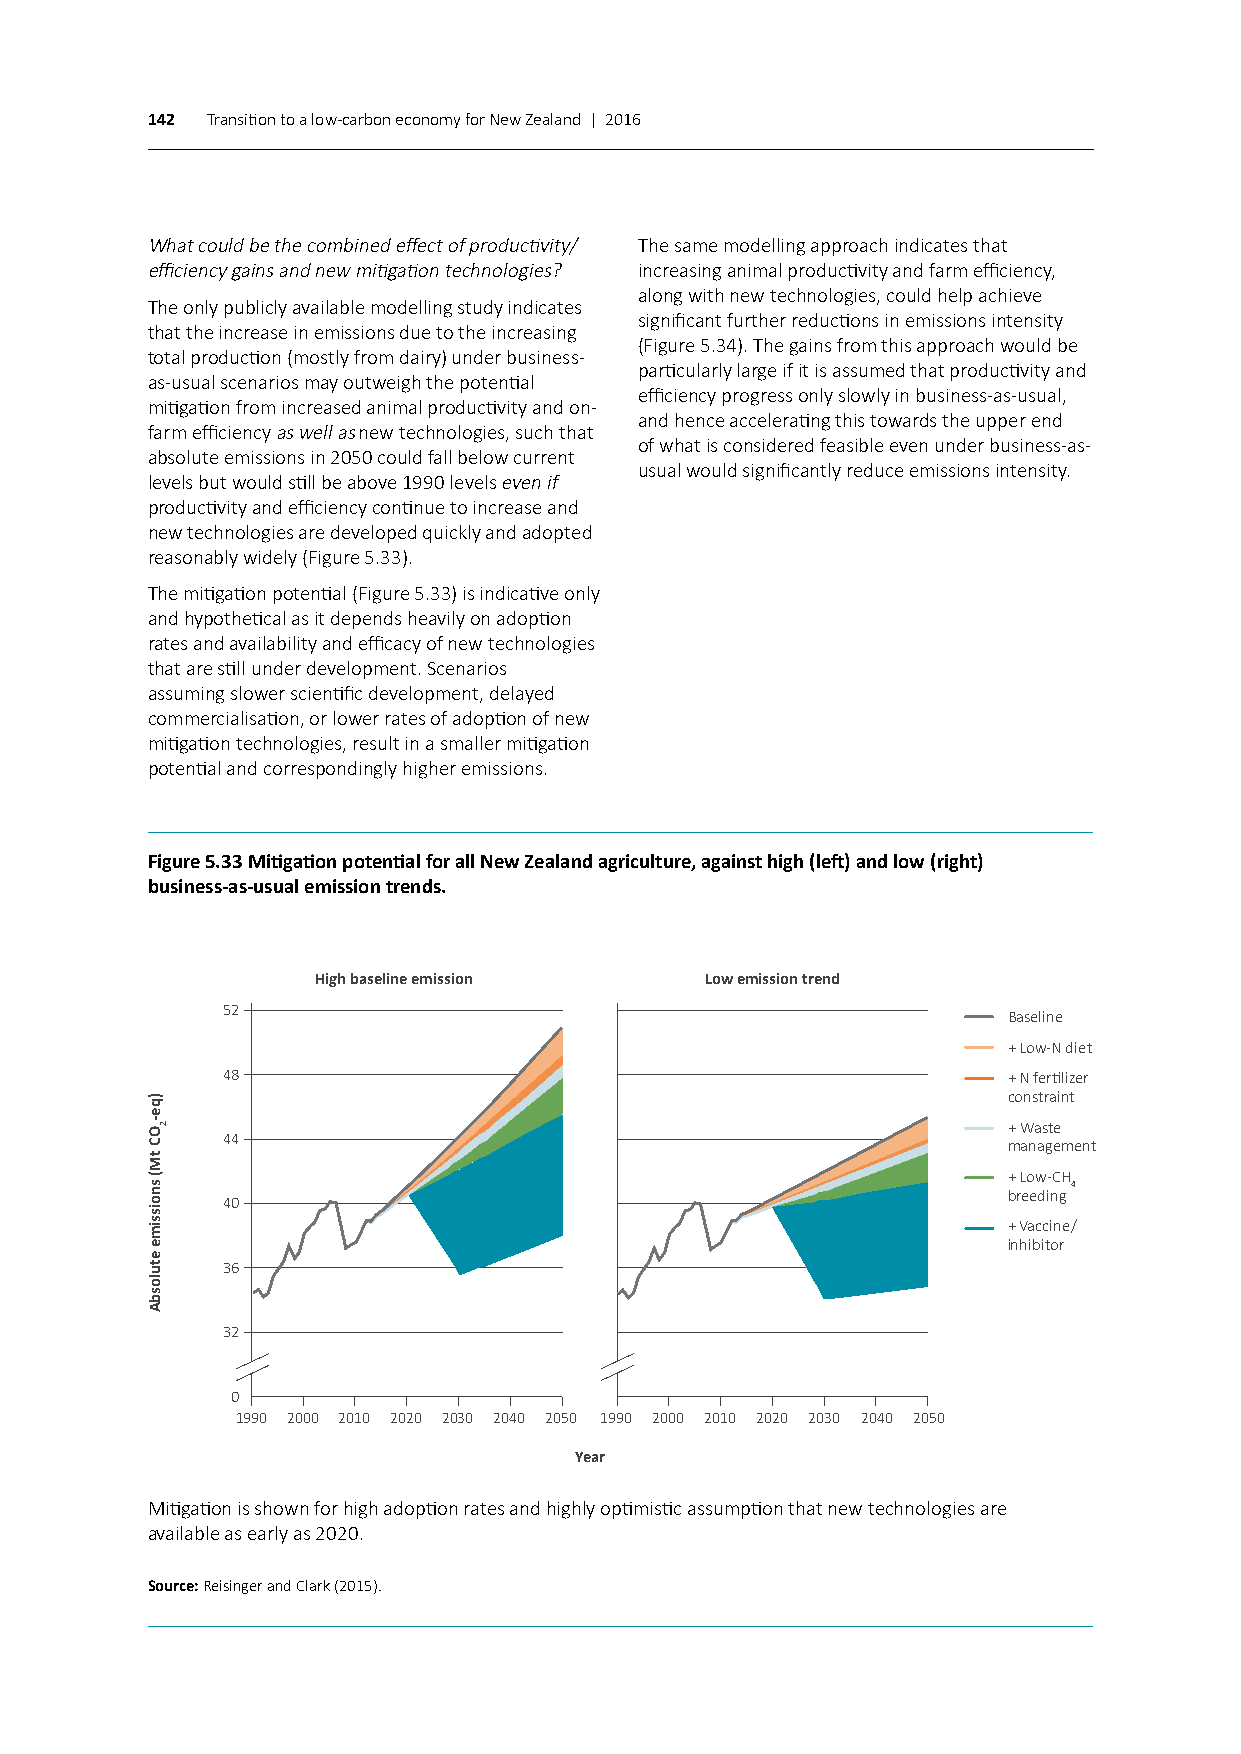
142 Transition to a low-carbon economy for New Zealand | 2016
 What could be the combined effect of productivity/ The same modelling approach indicates that
 efficiency gains and new mitigation technologies? increasing animal productivity and farm efficiency,
 along with new technologies, could help achieve
 The only publicly available modelling study indicates
 significant further reductions in emissions intensity
 that the increase in emissions due to the increasing
 (Figure 5.34). The gains from this approach would be
 total production (mostly from dairy) under business-
 particularly large if it is assumed that productivity and
 as-usual scenarios may outweigh the potential
 efficiency progress only slowly in business-as-usual,
 mitigation from increased animal productivity and on-
 and hence accelerating this towards the upper end
 farm efficiency as well as new technologies, such that
 of what is considered feasible even under business-as-
 absolute emissions in 2050 could fall below current
 usual would significantly reduce emissions intensity.
 levels but would still be above 1990 levels even if
 productivity and efficiency continue to increase and
 new technologies are developed quickly and adopted
 reasonably widely (Figure 5.33).
 The mitigation potential (Figure 5.33) is indicative only
 and hypothetical as it depends heavily on adoption
 rates and availability and efficacy of new technologies
 that are still under development. Scenarios
 assuming slower scientific development, delayed
 commercialisation, or lower rates of adoption of new
 mitigation technologies, result in a smaller mitigation
 potential and correspondingly higher emissions.
 Figure 5.33 Mitigation potential for all New Zealand agriculture, against high (left) and low (right)
 business-as-usual emission trends.
 High baseline emission    Low emission trend
 52
 Baseline
 + Low-N diet
 48                                                  + N fertilizer
 constraint
 + Waste
 44
 management
 + Low-CH
 4
 breeding
 40
 + Vaccine/
 inhibitor
 36
 32
 0
 1990 2000 2010 2020 2030 2040 2050 1990 2000 2010 2020 2030 2040 2050
 Year
 Mitigation is shown for high adoption rates and highly optimistic assumption that new technologies are
 available as early as 2020.
 Source: Reisinger and Clark (2015).
 )qe-OC
 tM(
 snoissime
 etulosbA
 2